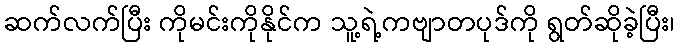
ဆက်လက်ပြီး ကိုမင်းကိုနိုင်က သူ့ရဲ့ကဗျာတပုဒ်ကို ရွတ်ဆိုခဲ့ပြီး၊